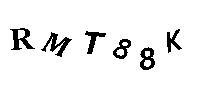
RMT88K